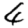
Digit: 4